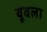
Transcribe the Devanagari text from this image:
यूवला